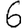
Digit: 6